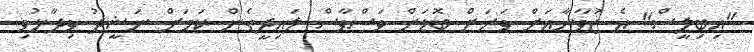
"އިބިލީސް" އެ ޒުވާނާއަށް ވަރަށް ބޮޑަށް ވަސްވާސް ލައިދީގެން ކަމަށް ނަޝީދު ވިދާޅުވި